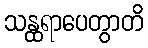
သန္ထရာပေတွာတိ